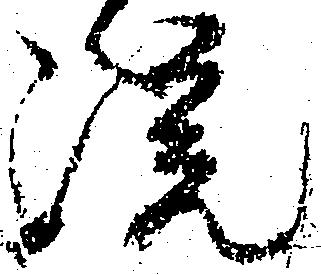
院